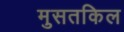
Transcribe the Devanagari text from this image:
मुसतकिल